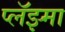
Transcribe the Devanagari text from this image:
प्लॅझ्मा